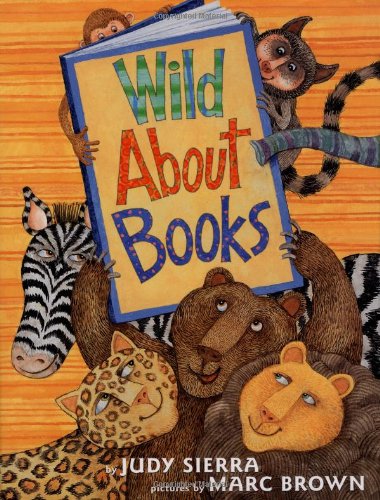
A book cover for Wild About Books; Judy Sierra; Children's Books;